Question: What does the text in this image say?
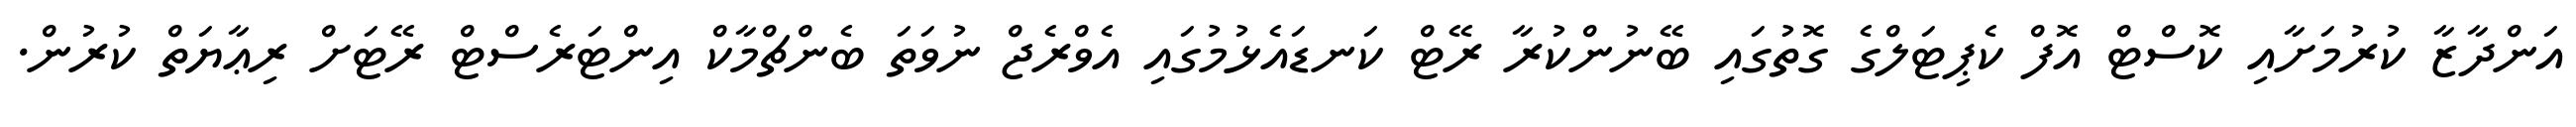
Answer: އަންދާޒާ ކުރުމަށާއި ކޮސްޓް އޮފް ކެޕިޓަލްގެ ގޮތުގައި ބޭނުންކުރާ ރޭޓް ކަނޑައެޅުމުގައި އެވްރެޖް ނުވަތަ ބެންޗްމާކް އިންޓަރެސްޓް ރޭޓަށް ރިޢާޔަތް ކުރުން.